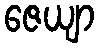
ဇေယျာ